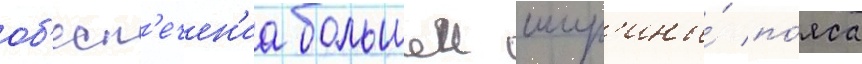
об'есп'ечен'иа большеи шир'ины́ по́яса